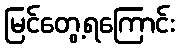
မြင်တွေ့ရကြောင်း